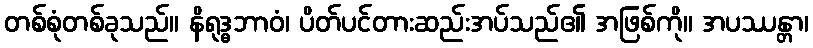
တစ်စုံတစ်ခုသည်။ နိရုဒ္ဓဘာဝံ၊ ပိတ်ပင်တားဆည်းအပ်သည်၏ အဖြစ်ကို။ အပဿန္တာ၊